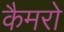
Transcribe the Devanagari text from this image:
कैमरो